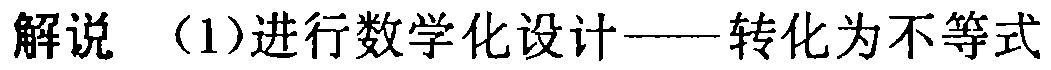
解说 （1）进行数学化设计——转化为不等式